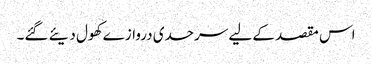
اس مقصد کے لیے سرحدی دروازے کھول دیئے گئے۔